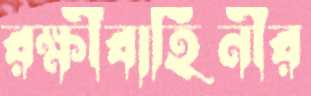
রক্ষীবাহিনীর